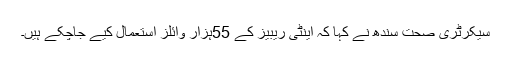
سیکرٹری صحت سندھ نے کہا کہ اینٹی ریبیز کے 55ہزار وائلز استعمال کیے جاچکے ہیں۔